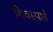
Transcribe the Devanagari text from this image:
शिवस्पर्श